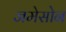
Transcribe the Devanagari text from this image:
जमेसोन